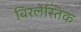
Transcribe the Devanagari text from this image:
बिरलेस्तिक